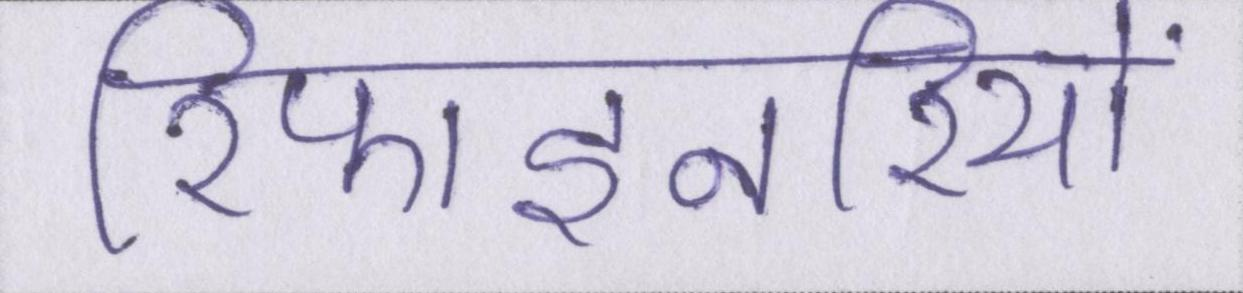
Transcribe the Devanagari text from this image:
रिफाइनरियों